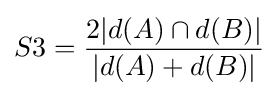
S3={\frac {2|d(A)\cap d(B)|}{|d(A)+d(B)|}}